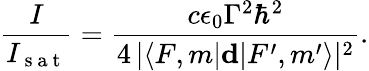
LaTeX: \frac{I}{I_{\mathrm{~s~a~t~}}}=\frac{c\epsilon_{0}\Gamma^{2}\hbar^{2}}{4\, |\langle F,m|\mathbf{d}|F^{\prime},m^{\prime}\rangle|^{2}}.